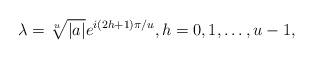
LaTeX: \begin{align*}\lambda=\sqrt[u]{|a|}e^{i(2h+1)\pi/u},h=0,1,\ldots,u-1,\end{align*}